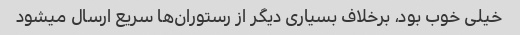
خیلی خوب بود، برخلاف بسیاری دیگر از رستوران‌ها سریع ارسال میشود